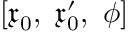
[ { \mathfrak { x } } _ { 0 } , \ { \mathfrak { x } } _ { 0 } ^ { \prime } , \ \phi ]